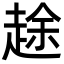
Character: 䞮